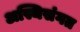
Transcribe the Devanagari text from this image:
अस्थिसंगत